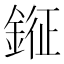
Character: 𨨨